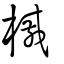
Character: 槭